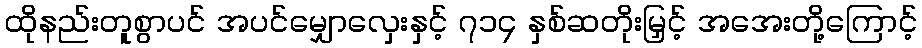
ထိုနည်းတူစွာပင် အပင်မျှောလှေးနှင့် ၇၁၄ နှစ်ဆတိုးမြှင့် အအေးတို့ကြောင့်